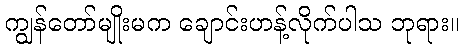
ကျွန်တော်မျိုးမက ချောင်းဟန့်လိုက်ပါသ ဘုရား။